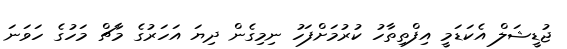
ޖުޑީޝަލް އެކަޑަމީ އިފްތިތާހު ކުރުމަށްފަހު ނިމިގެން ދިޔަ އަހަރުގެ މާޗް މަހުގެ ހަވަނަ